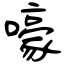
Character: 嚎